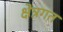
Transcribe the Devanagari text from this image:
क्षेत्रगत